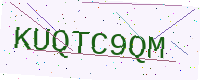
Text: KUQTC9QM